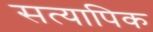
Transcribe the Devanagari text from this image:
सत्यापिक